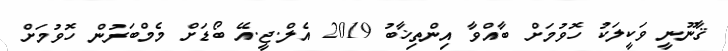
ޤާނޫނީ ވަކީލަކު ހޮވުމަށް ބާއްވާ އިންތިޚާބު 2019 އެލް.ޖީ.އޭ ބޯޑަށް މެމްބަރުން ހޮވުމަށް